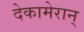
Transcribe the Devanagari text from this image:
देकामेरान्